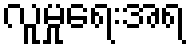
လူမှုရေးအရ